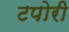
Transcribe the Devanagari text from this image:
टपोरी